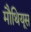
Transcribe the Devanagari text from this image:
मौथियूस